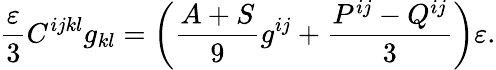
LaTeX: \frac{\varepsilon}3C^{ijkl}g_{kl}=\left(\frac{A+S}9g^{ij}+\frac{P^{ij}-Q^{ij}}3\right)\varepsilon.